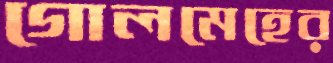
গোলমেহের